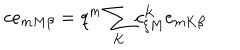
c e _ { m M \beta } = q ^ { m } \sum _ { K } c _ { \xi M } ^ { K } e _ { m K \beta }